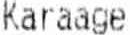
KARAAGE